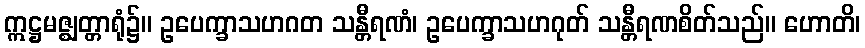
ဣဋ္ဌမဇ္ဈတ္တာရုံ၌။ ဥပေက္ခာသဟဂတ သန္တီရဏံ၊ ဥပေက္ခာသဟဂုတ် သန္တီရဏစိတ်သည်။ ဟောတိ၊